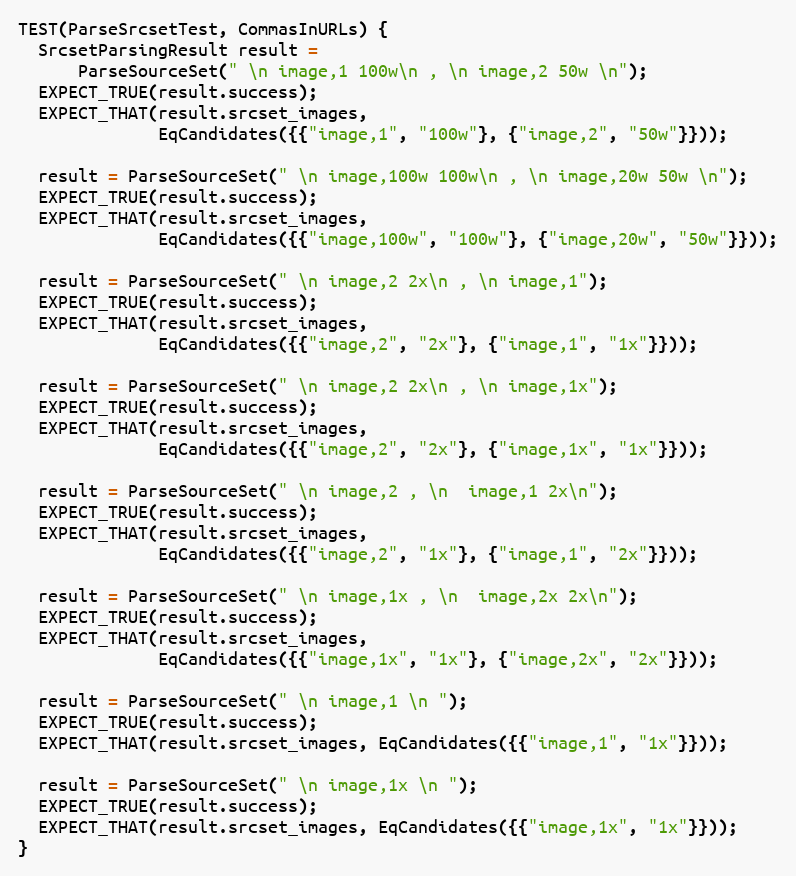
Language: C++
TEST(ParseSrcsetTest, CommasInURLs) {
  SrcsetParsingResult result =
      ParseSourceSet(" \n image,1 100w\n , \n image,2 50w \n");
  EXPECT_TRUE(result.success);
  EXPECT_THAT(result.srcset_images,
              EqCandidates({{"image,1", "100w"}, {"image,2", "50w"}}));

  result = ParseSourceSet(" \n image,100w 100w\n , \n image,20w 50w \n");
  EXPECT_TRUE(result.success);
  EXPECT_THAT(result.srcset_images,
              EqCandidates({{"image,100w", "100w"}, {"image,20w", "50w"}}));

  result = ParseSourceSet(" \n image,2 2x\n , \n image,1");
  EXPECT_TRUE(result.success);
  EXPECT_THAT(result.srcset_images,
              EqCandidates({{"image,2", "2x"}, {"image,1", "1x"}}));

  result = ParseSourceSet(" \n image,2 2x\n , \n image,1x");
  EXPECT_TRUE(result.success);
  EXPECT_THAT(result.srcset_images,
              EqCandidates({{"image,2", "2x"}, {"image,1x", "1x"}}));

  result = ParseSourceSet(" \n image,2 , \n  image,1 2x\n");
  EXPECT_TRUE(result.success);
  EXPECT_THAT(result.srcset_images,
              EqCandidates({{"image,2", "1x"}, {"image,1", "2x"}}));

  result = ParseSourceSet(" \n image,1x , \n  image,2x 2x\n");
  EXPECT_TRUE(result.success);
  EXPECT_THAT(result.srcset_images,
              EqCandidates({{"image,1x", "1x"}, {"image,2x", "2x"}}));

  result = ParseSourceSet(" \n image,1 \n ");
  EXPECT_TRUE(result.success);
  EXPECT_THAT(result.srcset_images, EqCandidates({{"image,1", "1x"}}));

  result = ParseSourceSet(" \n image,1x \n ");
  EXPECT_TRUE(result.success);
  EXPECT_THAT(result.srcset_images, EqCandidates({{"image,1x", "1x"}}));
}